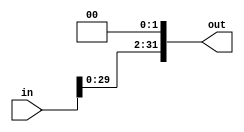
`timescale 1ns / 1ps
//////////////////////////////////////////////////////////////////////////////////
// Company: 
// Engineer: 
// 
// Design Name: 
// Module Name: Shift_Left_Twice
// Project Name: 
// Target Devices: 
// Tool Versions: 
// Description: 
// 
// Dependencies: 
// 
// Revision:
// Revision 0.01 - File Created
// Additional Comments:
// 
//////////////////////////////////////////////////////////////////////////////////


module Shift_Left_Twice
    #(parameter bits_num = 32)(
    input [bits_num-1:0] in,
    output [bits_num-1:0] out
    );
    
    assign out = in<<2;
    
endmodule